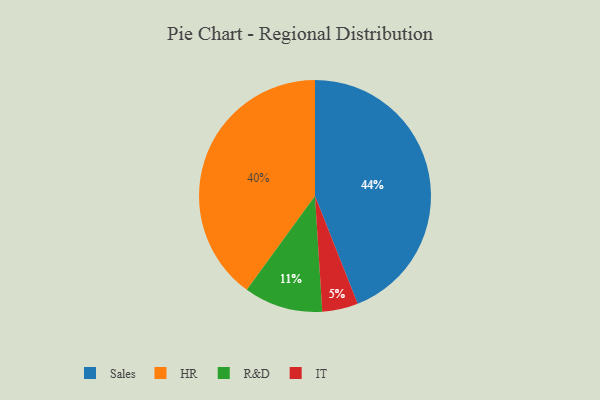
{"axis": {"x": "Category", "y": "Percentage"}, "legend": ["HR", "IT", "R&D", "Sales"], "data": [{"x": "IT", "y": 5, "type": "IT"}, {"x": "Sales", "y": 44, "type": "Sales"}, {"x": "R&D", "y": 11, "type": "R&D"}, {"x": "HR", "y": 40, "type": "HR"}]}